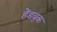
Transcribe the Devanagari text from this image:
हेंडबुक